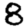
Digit: 8